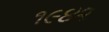
૧૯૪૨